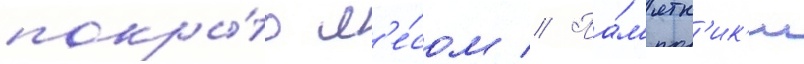
покры́то л'е́сом // Па́м'ятн'ик'и